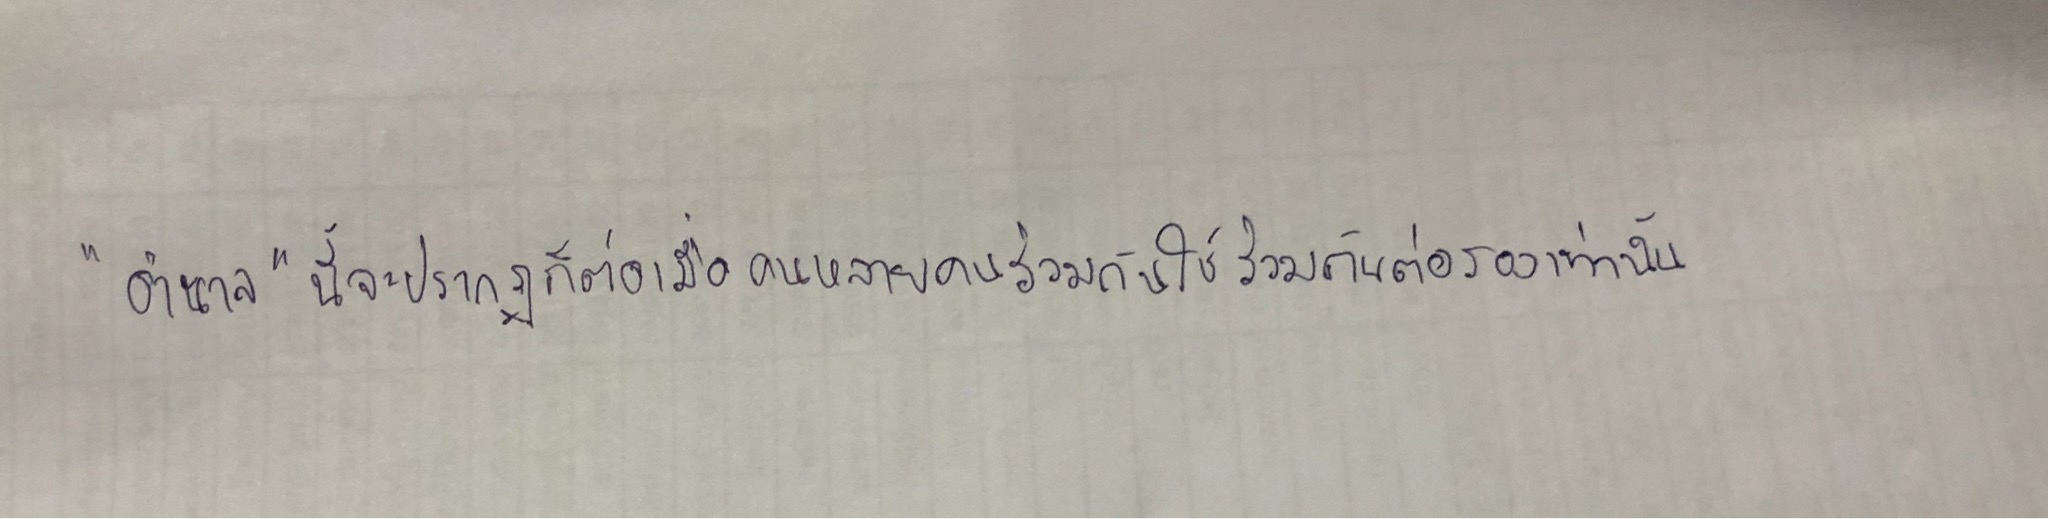
"อำนาจ"นี้จะปรากฏก็ต่อเมื่อคนหลายคนร่วมกันใช้ร่วมกันต่อรองเท่านั้น